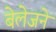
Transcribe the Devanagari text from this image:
बेलेजने